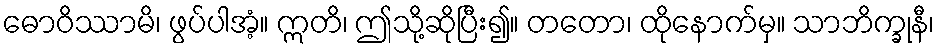
ဓောဝိဿာမိ၊ ဖွပ်ပါအံ့။ ဣတိ၊ ဤသို့ဆိုပြီး၍။ တတော၊ ထိုနောက်မှ။ သာဘိက္ခုနီ၊